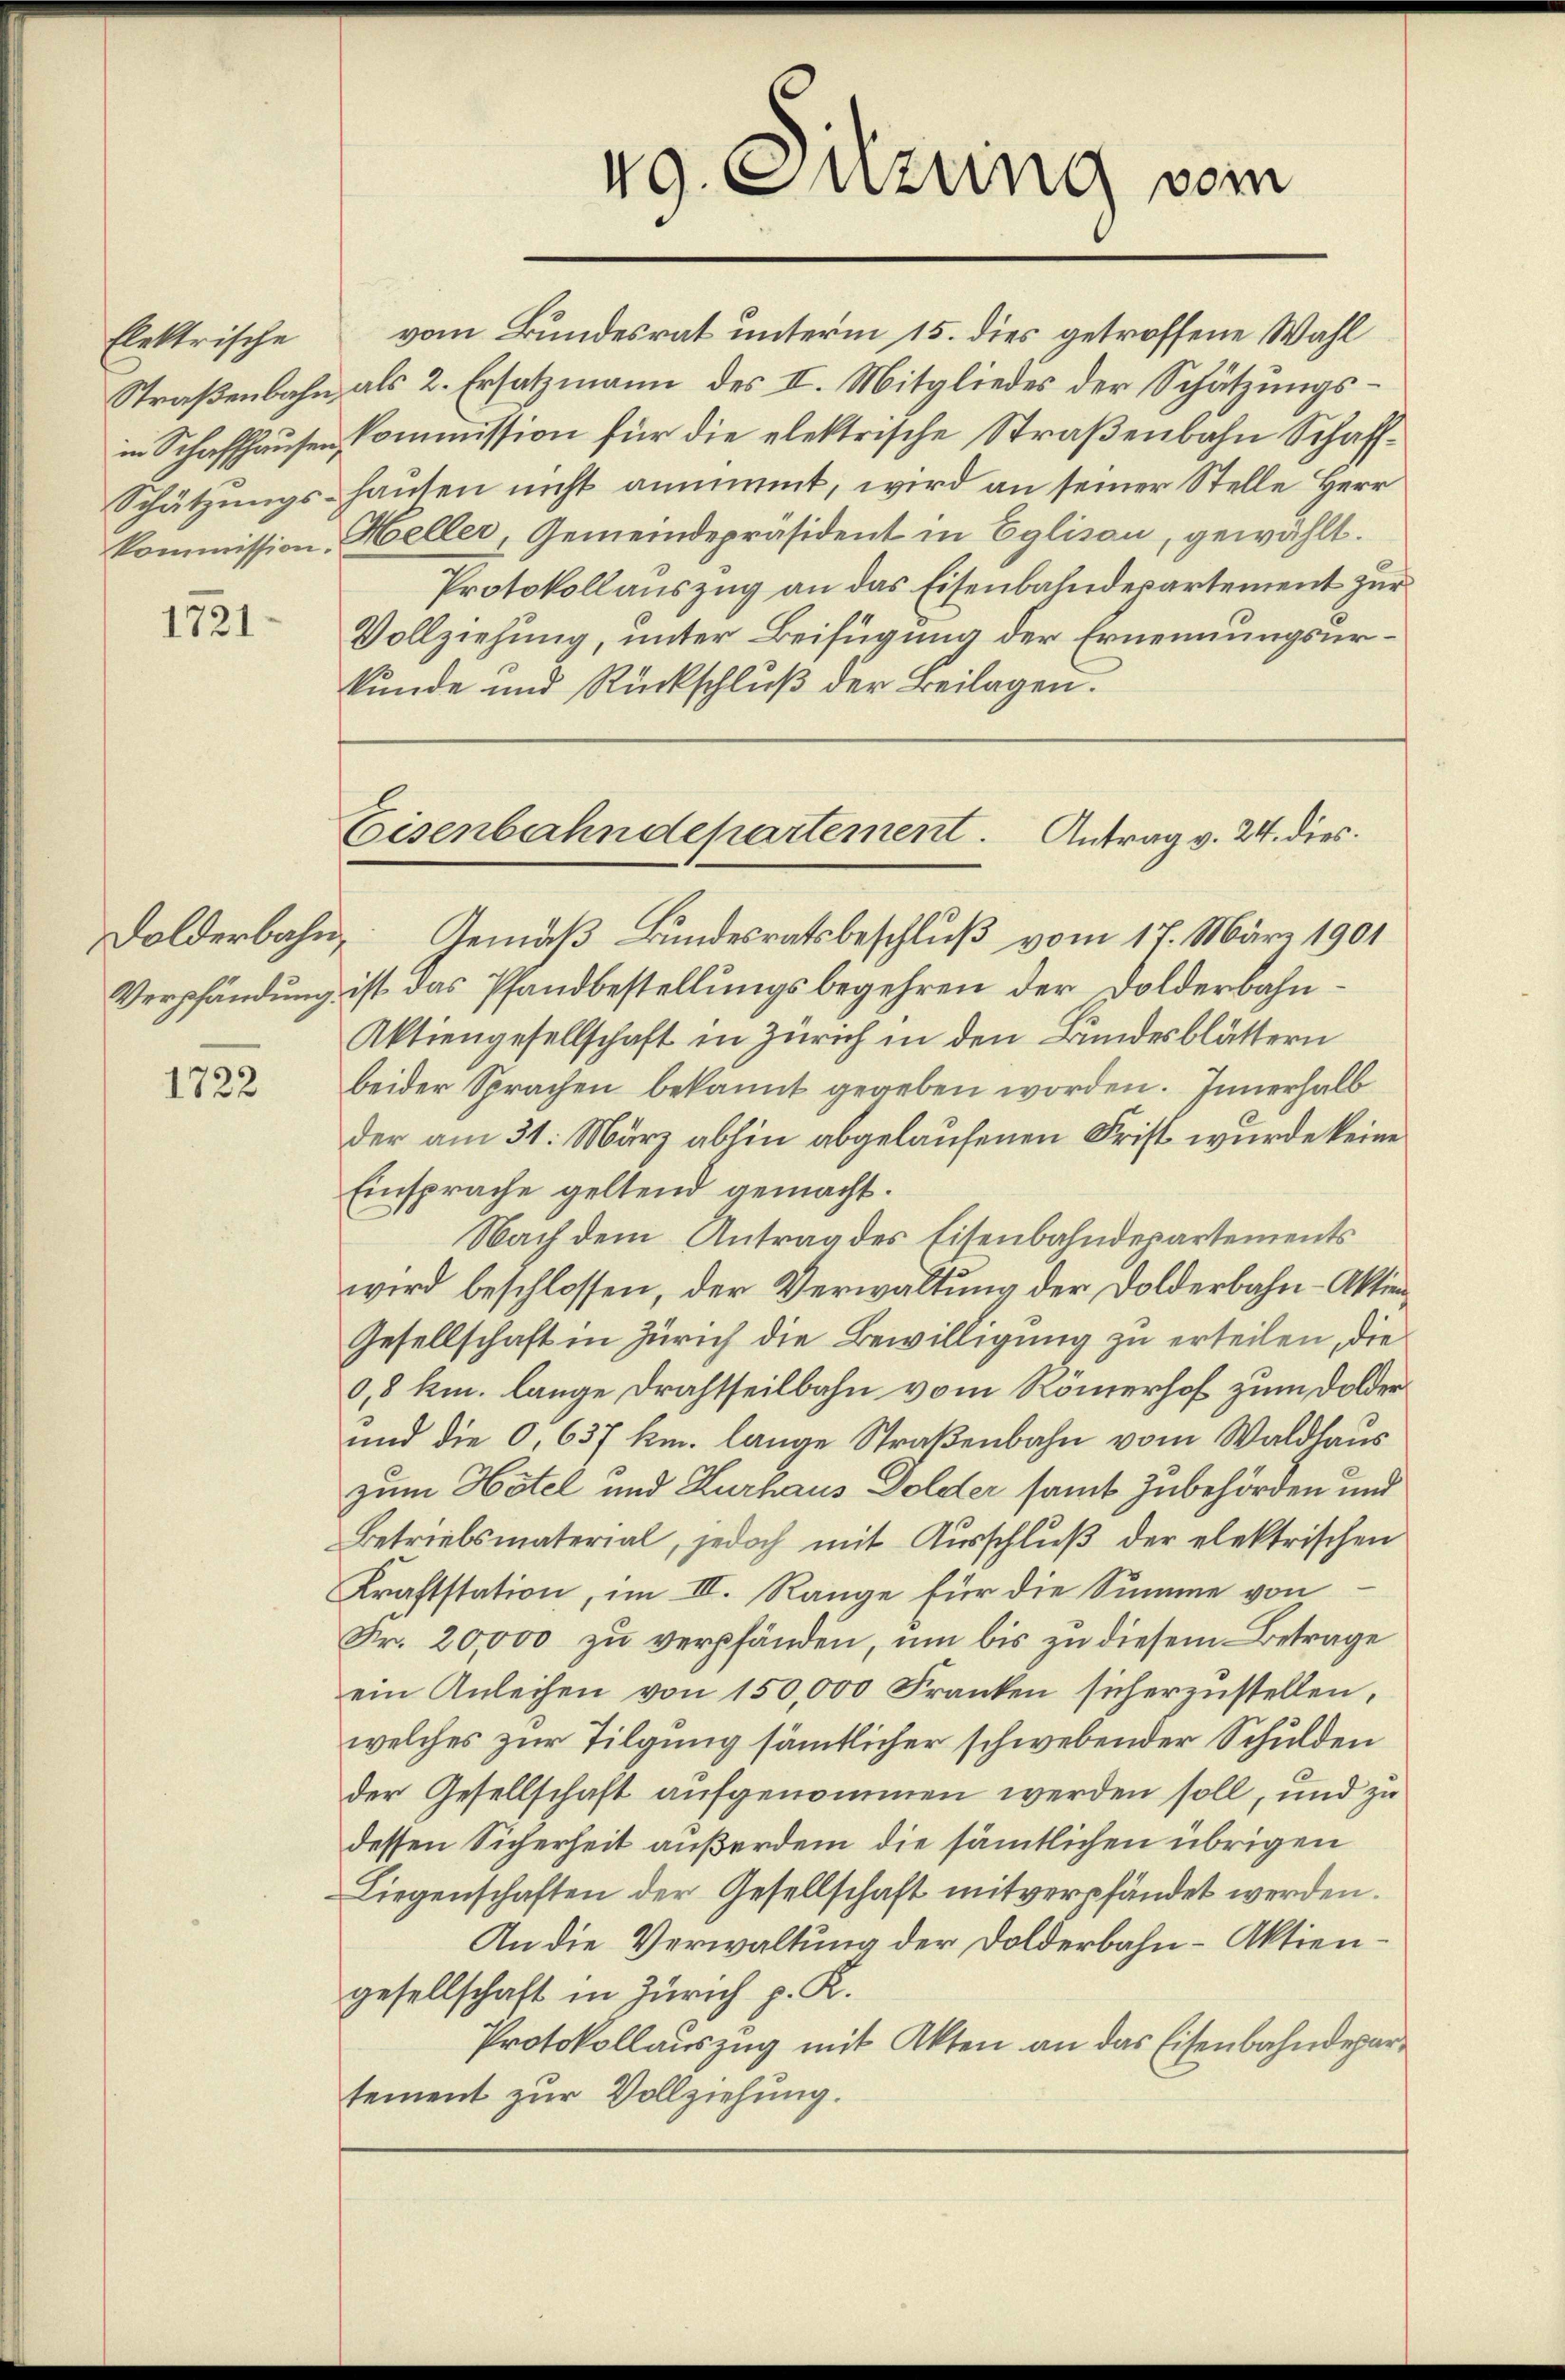
Elektrische

1721

1722

vom Bundesrat unterm 15. dies getroffene Wahl
Straßenbahn, als 2. Ersatzmann des II. Mitgliedes der Schätzungsin Schaffhausen Commission für die elektrische Straßenbahn Schaff¬
Schätzungs-Hausen nicht annimmt, wird an seiner Stelle Herr
kommission, Heller, Gemeindepräsident in Eglisau, gewählt.
Protokollauszug an das Eisenbahndepartement zur
Vollziehung, unter Beifügung der Ernennungsurkunde und Rückschluß der Beilagen.

49. Sitzung vom

Eisenbahndepartement. Antrag v. 24. dies

Dolderbahn. Gemäß Bundesratsbeschluß vom 17. März 1901
Verpfändung ist das Pfandbestellungsbegehren der Dolderbahn¬
Aktiengesellschaft in Zürich in den Bundesblättern
beider Sprachen bekannt gegeben worden. Innerhalb
der am 31. März abhin abgelaufenen Frist wurde keine
Einsprache geltend gemacht.
Nach dem Antrag des Eisenbahndepartements
wird beschlossen, der Verwaltung der Dolderbahn-Aktien¬
Gesellschaft in Zürich die Bewilligung zu erteilen, die
0,8 km. lange Drahtseilbahn vom Römerhof zum Dolder
und die 0, 637 km. lange Straßenbahn vom Waldhaus
zum Hotel und Kurhaus Dolder samt Zubehörden und
Betriebsmaterial, jedoch mit Ausschluß der elektrischen
Kraftstation, im III. Range für die Summe von
Fr. 20,000 zu verpfänden, um bis zu diesem Betrage
ein Anleihen von 150,000 Franken sicherzŭstellen.
welches zur Tilgung sämmtlicher schwebender Schulden
der Gesellschaft aufgenommen werden soll, und zu
dessen Sicherheit außerdem die sämmtlichen übrigen
Liegenschaften der Gesellschaft mitverpfändet werden.
An die Verwaltung der Dolderbahn-Aktiengesellschaft in Zürich p. K.
Protokollauszug mit Akten an das Eisenbahndepartement zur Vollziehung.